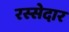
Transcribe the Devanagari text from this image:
रस्सेदार